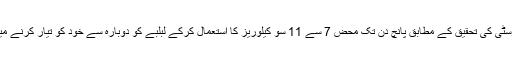
سدرن کیلیفورنیا یونیورسٹی کی تحقیق کے مطابق پانچ دن تک محض 7 سے 11 سو کیلوریز کا استعمال کرکے لبلبے کو دوبارہ سے خود کو تیار کرنے میں مدد دی جاسکتی ہے۔